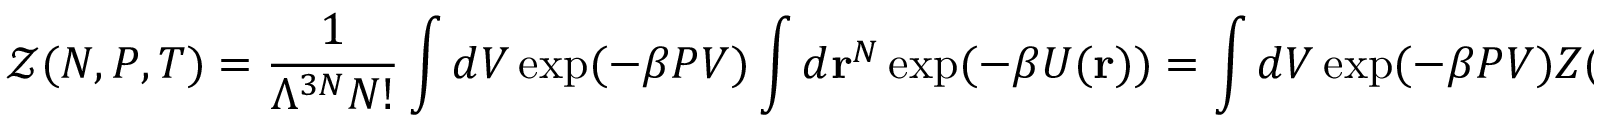
{ \mathcal { Z } } ( N , P , T ) = { \frac { 1 } { \Lambda ^ { 3 N } N ! } } \int d V \exp ( - \beta P V ) \int d \mathbf { r } ^ { N } \exp ( - \beta U ( \mathbf { r } ) ) = \int d V \exp ( - \beta P V ) Z ( N , V , T )